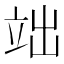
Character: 𮄬